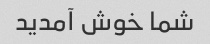
شما خوش آمدید